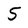
Character: 5